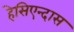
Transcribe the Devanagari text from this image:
हेसिएन्दास